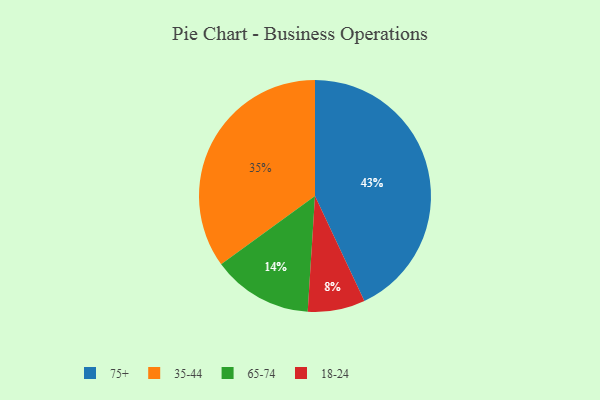
{"axis": {"x": "Category", "y": "Percentage"}, "legend": ["18-24", "35-44", "65-74", "75+"], "data": [{"x": "35-44", "y": 35, "type": "35-44"}, {"x": "65-74", "y": 14, "type": "65-74"}, {"x": "75+", "y": 43, "type": "75+"}, {"x": "18-24", "y": 8, "type": "18-24"}]}